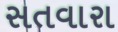
સતવારા